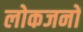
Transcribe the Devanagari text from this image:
लोकजनों